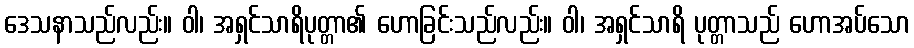
ဒေသနာသည်လည်း။ ဝါ၊ အရှင်သာရိပုတ္တာ၏ ဟောခြင်းသည်လည်း။ ဝါ၊ အရှင်သာရိ ပုတ္တာသည် ဟောအပ်သော